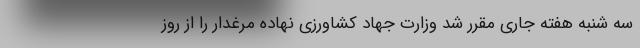
سه شنبه هفته جاری مقرر شد وزارت جهاد کشاورزی نهاده مرغدار را از روز